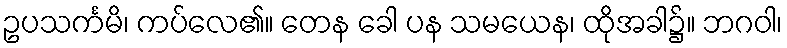
ဥပသင်္ကမိ၊ ကပ်လေ၏။ တေန ခေါ ပန သမယေန၊ ထိုအခါ၌။ ဘဂဝါ၊